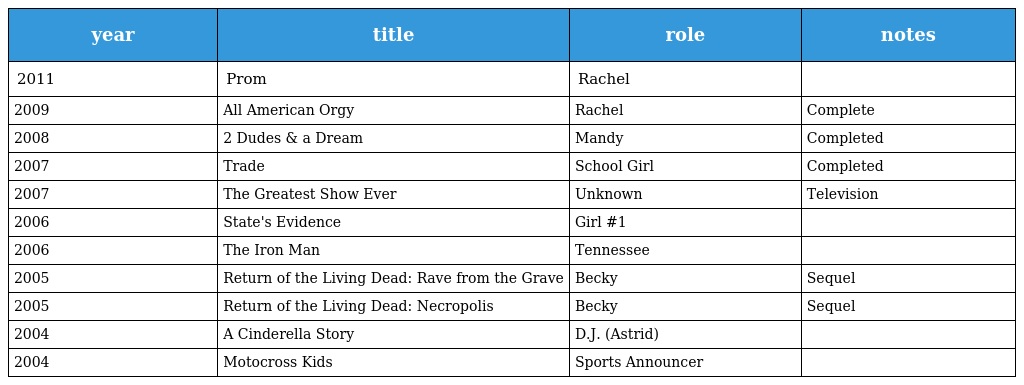
| year | title | role | notes |
 | --- | --- | --- | --- |
 | 2011 | Prom | Rachel |  |
 | 2009 | All American Orgy | Rachel | Complete |
 | 2008 | 2 Dudes & a Dream | Mandy | Completed |
 | 2007 | Trade | School Girl | Completed |
 | 2007 | The Greatest Show Ever | Unknown | Television |
 | 2006 | State's Evidence | Girl #1 |  |
 | 2006 | The Iron Man | Tennessee |  |
 | 2005 | Return of the Living Dead: Rave from the Grave | Becky | Sequel |
 | 2005 | Return of the Living Dead: Necropolis | Becky | Sequel |
 | 2004 | A Cinderella Story | D.J. (Astrid) |  |
 | 2004 | Motocross Kids | Sports Announcer |  |